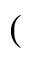
(